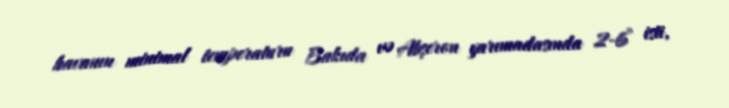
havanın minimal temperaturu Bakıda və Abşeron yarımadasında 2-6° isti,